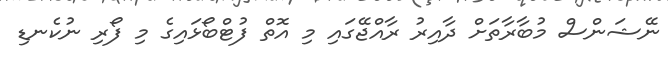
ނޭޝަންސް މުބާރާތަށް ދާއިރު ރާއްޖޭގައި މި އޮތް ފުޓްބޯޅައިގެ މި ފޯރި ނުކެނޑި